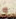
و